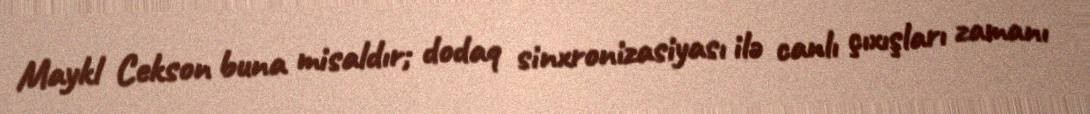
Maykl Cekson buna misaldır; dodaq sinxronizasiyası ilə canlı çıxışları zamanı